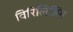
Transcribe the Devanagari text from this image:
विरिलिज़िंग